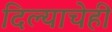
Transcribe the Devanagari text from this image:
दिल्याचेही